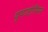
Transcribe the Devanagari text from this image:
यूपाटोरियम